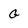
Character: G